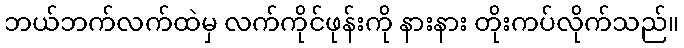
ဘယ်ဘက်လက်ထဲမှ လက်ကိုင်ဖုန်းကို နားနား တိုးကပ်လိုက်သည်။